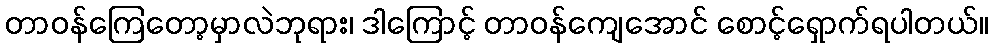
တာဝန်ကြေတော့မှာလဲဘုရား၊ ဒါကြောင့် တာဝန်ကျေအောင် စောင့်ရှောက်ရပါတယ်။